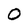
Character: O